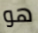
هو